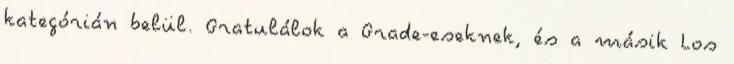
kategórián belül. Gratulálok a Grade-eseknek, és a másik Los